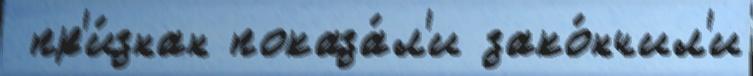
 пр'и́знан показа́л'и зако́нчил'и